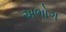
અભોગ